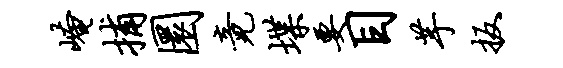
崦捕圜竟堞要目芋扳